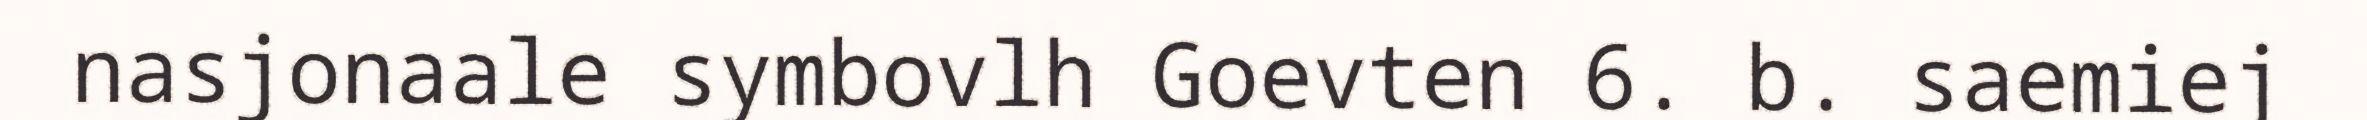
nasjonaale symbovlh Goevten 6. b. saemiej